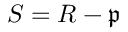
S = R - { \mathfrak { p } }